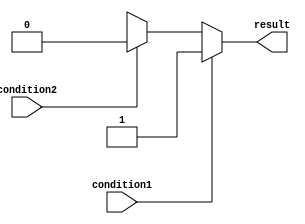
module IfElse_statement(
    input condition1,
    input condition2,
    output result
    );

    reg result;

    always @(*) begin
        if (condition1) begin
            result = 1'b1;
        end
        else if (condition2) begin
            result = 1'b0;
        end
        else begin
            result = 1'bX; // default action
        end
    end

endmodule